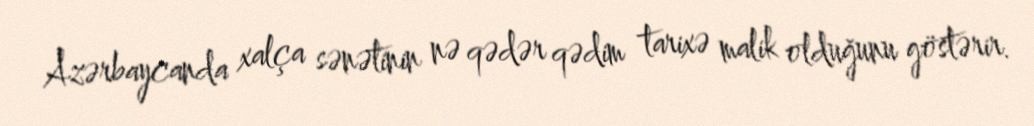
Azərbaycanda xalça sənətinin nə qədər qədim tarixə malik olduğunu göstərir.